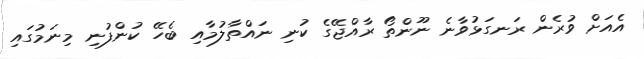
އެއަށް ވުރެން ރަނގަޅުވާނެ ނޫންތޯ ރާއްޖޭގެ ކުނި ނައްތާލުމާއި ބެހޭ ކުންފުނި މިނަމުގައި